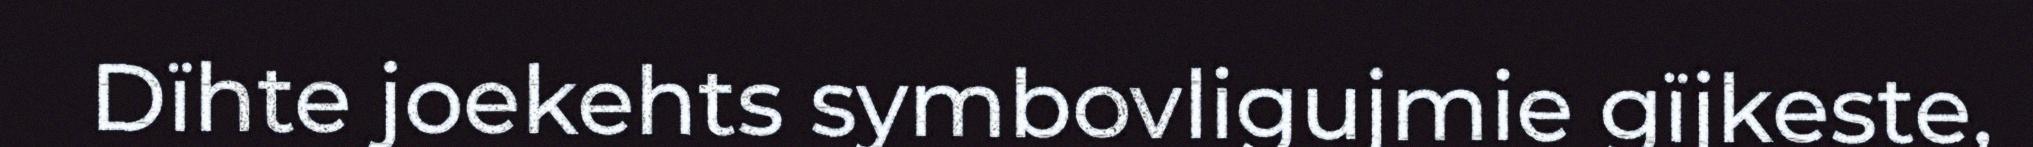
Dïhte joekehts symbovligujmie gïjkeste,